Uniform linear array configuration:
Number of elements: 64
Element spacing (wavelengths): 1
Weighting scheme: hann
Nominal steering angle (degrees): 15
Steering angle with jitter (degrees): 14.53
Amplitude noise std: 0.05
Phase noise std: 0.05

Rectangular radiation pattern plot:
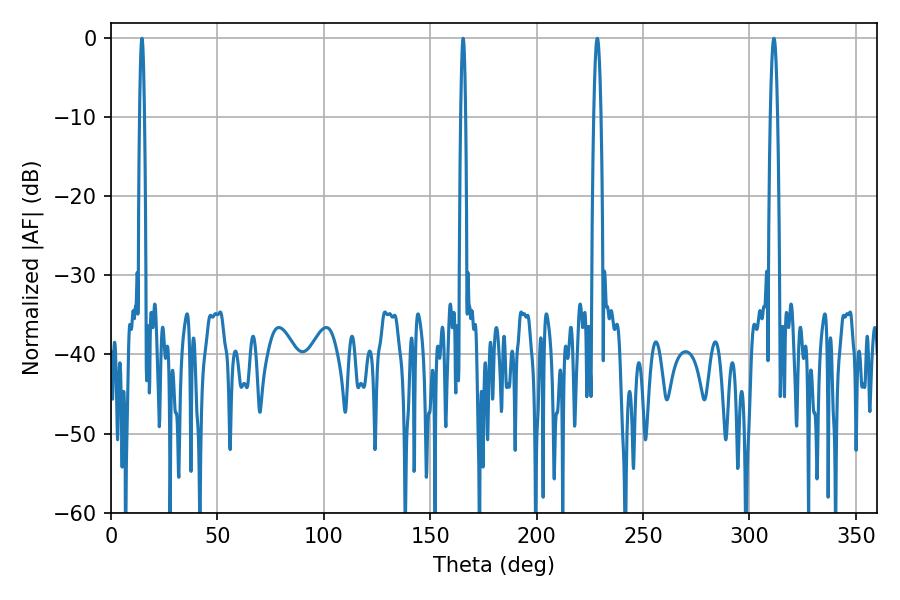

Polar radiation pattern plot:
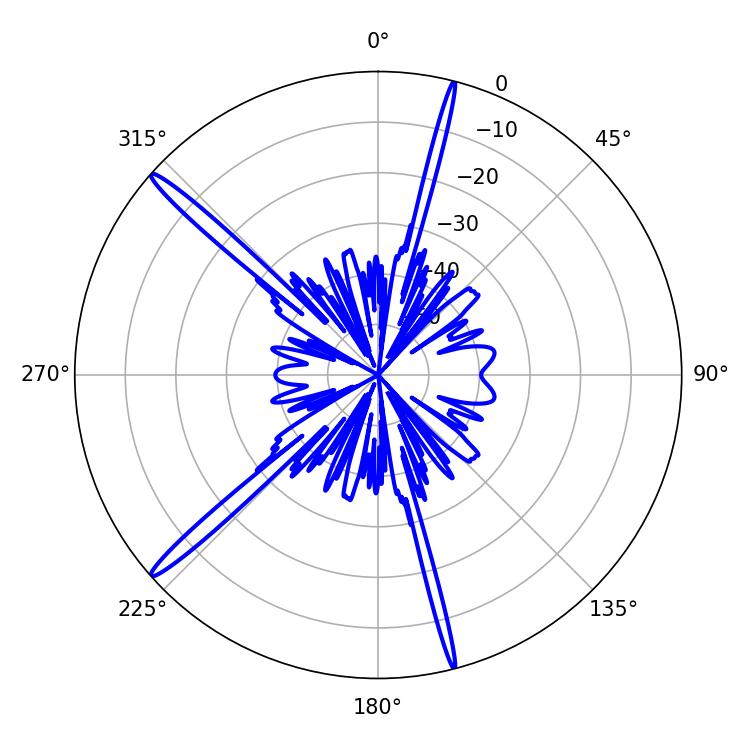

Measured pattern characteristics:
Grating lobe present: TRUE
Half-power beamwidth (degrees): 1.08
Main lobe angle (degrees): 165.42